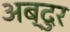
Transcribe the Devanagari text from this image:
अब्‍दुर